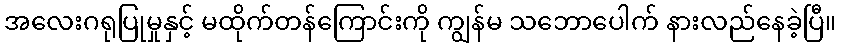
အလေးဂရုပြုမှုနှင့် မထိုက်တန်ကြောင်းကို ကျွန်မ သဘောပေါက် နားလည်နေခဲ့ပြီ။